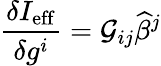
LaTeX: \frac{\delta I_{\mathrm{eff}}}{\delta g^{i}}={\cal G}_{ij}{\widehat\beta}^{j}